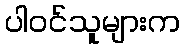
ပါဝင်သူများက